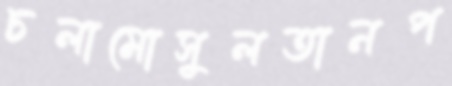
চলামোসুলতানপ